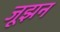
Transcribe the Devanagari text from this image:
जूझन